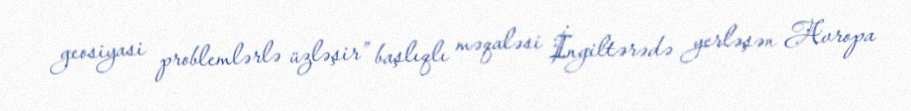
geosiyasi problemlərlə üzləşir” başlıqlı məqaləsi İngiltərədə yerləşən Avropa